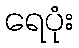
ရေပုံး